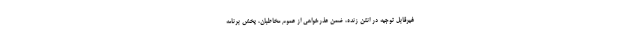
غیرقابل توجیه در انتن زنده، ضمن عذرخواهى از عموم مخاطبان، پخش برنامه